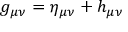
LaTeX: g _ { \mu \nu } = \eta _ { \mu \nu } + h _ { \mu \nu }